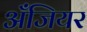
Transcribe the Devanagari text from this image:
अँजियर